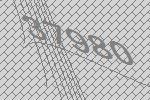
37980